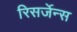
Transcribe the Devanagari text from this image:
रिसर्जेन्स